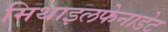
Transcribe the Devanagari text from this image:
मिथाइलफेनाडेट